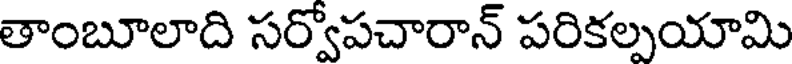
తాంబూలాది సర్వోపచారాన్ పరికల్పయామి